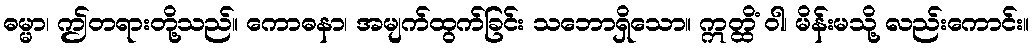
ဓမ္မာ၊ ဤတရားတို့သည်။ ကောဓနာ၊ အမျက်ထွက်ခြင်း သဘောရှိသော။ ဣတ္ထိံ ဝါ၊ မိန်းမသို့ လည်းကောင်း။